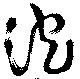
泡